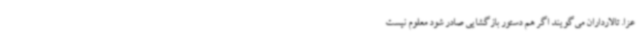
عزا. تالارداران می‌گویند اگر هم دستور بازگشایی صادر شود معلوم نیست